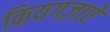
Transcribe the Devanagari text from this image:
कियगज़ाएे